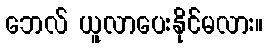
ဘေလ် ယူလာပေးနိုင်မလား။